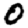
Digit: 0